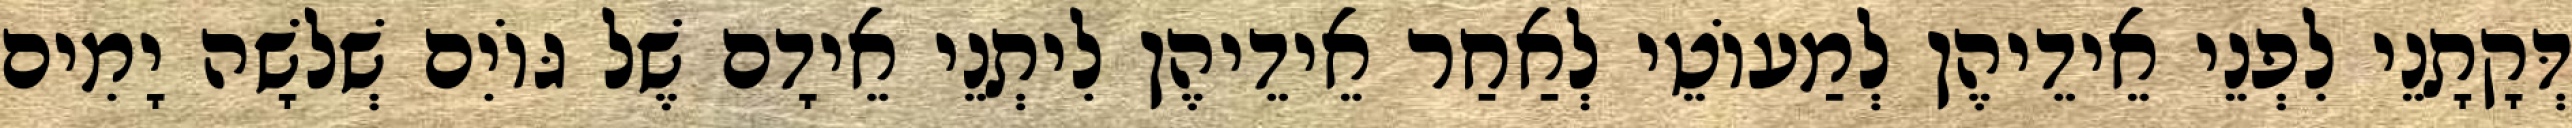
דְּקָתָנֵי לִפְנֵי אֵידֵיהֶן לְמַעוֹטֵי לְאַחַר אֵידֵיהֶן לִיתְנֵי אֵידָם שֶׁל גּוֹיִם שְׁלֹשָׁה יָמִים